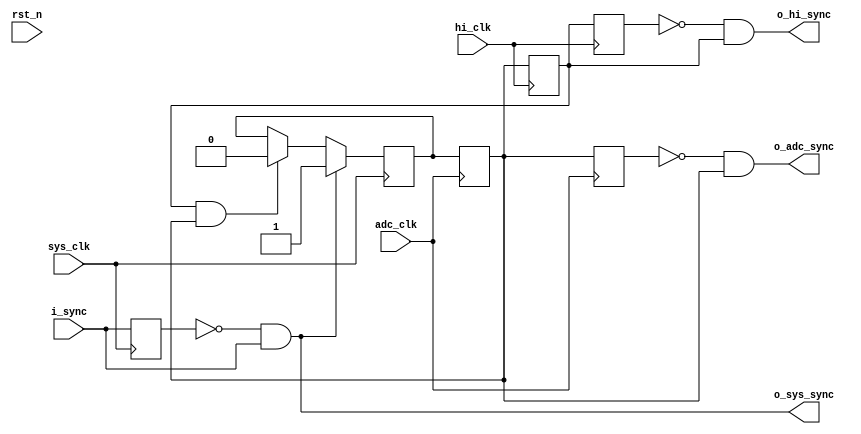
module clock_sync(
	input						rst_n,
	input						hi_clk,		// 200 MHz for Pulser	
	input						sys_clk,	// 100 MHz System Clock
	input						adc_clk,		// 25 MHz for ADC
	
	input						i_sync,		// on System Clock 100 MHz
		
	output						o_hi_sync,	// sync on hi_clk
	output						o_sys_sync,	// sync on sys_clk
	output						o_adc_sync	// sync on adc_clk
	
);

	reg			[0:0]			prev_sync;
	always @ (posedge sys_clk) prev_sync <= i_sync;
	
	reg			[0:0]			sync_latch;
	initial sync_latch <= 1'b0;
	
	always @ (posedge sys_clk)
		if(i_sync & ~prev_sync)
			sync_latch <= 1'b1;
		else
			if(hi_latch & adc_latch)
				sync_latch <= 1'b0;
				
	assign o_sys_sync = ~prev_sync & i_sync;

					
	reg			[0:0]			adc_latch;
	always @ (posedge adc_clk)
		adc_latch <= sync_latch;
		
	reg			[0:0]			prev_adc_latch;
	always @ (posedge adc_clk)
		prev_adc_latch <= adc_latch;
		
	assign o_adc_sync = ~prev_adc_latch & adc_latch;
		
	
	reg			[0:0]			hi_latch;
	always @ (posedge hi_clk)
		hi_latch <= adc_latch;
		
	reg			[0:0]			prev_hi_latch;
	always @ (posedge hi_clk)
		prev_hi_latch <= hi_latch;
		
	assign o_hi_sync = ~prev_hi_latch & hi_latch;
		
endmodule